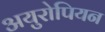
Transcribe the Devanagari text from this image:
अयुरोपियन